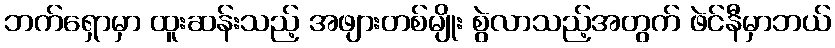
ဘက်ရှောမှာ ထူးဆန်းသည့် အဖျားတစ်မျိုး စွဲလာသည့်အတွက် ဖဲင်နီမှာဘယ်